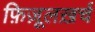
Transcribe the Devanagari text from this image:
फ़िज़ूलख़र्च